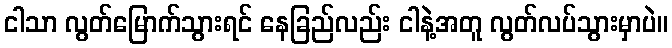
ငါသာ လွတ်မြောက်သွားရင် နေခြည်လည်း ငါနဲ့အတူ လွတ်လပ်သွားမှာပဲ။